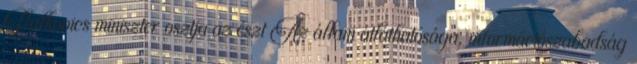
Palkovics miniszter osztja az észt Az állam átláthatósága, információszabadság